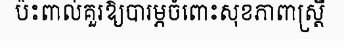
ប៉ះពាល់គួរឱ្យបារម្ភចំពោះសុខភាពាស្ត្រី